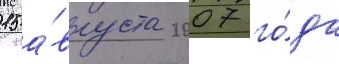
15 а́вгуста 2007 го́да